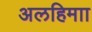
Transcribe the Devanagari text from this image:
अलहिमाा